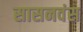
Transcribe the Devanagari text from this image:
सासनवंस